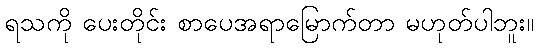
ရသကို ပေးတိုင်း စာပေအရာမြောက်တာ မဟုတ်ပါဘူး။